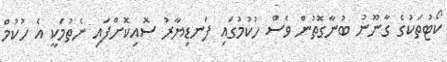
ކޯޓުތަކުގެ ގާނޫނު ބުނާގޮތުން ވެސް ހުކުމުގައި ފަނޑިޔާރު ސޮއިކޮށްފައި ނެތުމަކީ އެ ހުކުމް